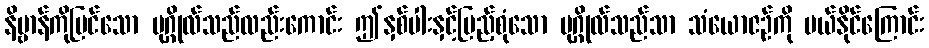
နိဗ္ဗာန်ကိုမြင်သော ပုဂ္ဂိုလ်သည်လည်းကောင်း ဤနှစ်ပါးနှင့်ပြည့်စုံသော ပုဂ္ဂိုလ်သည်သာ သံယောဇဉ်ကို ပယ်နိုင်ကြောင်း